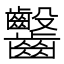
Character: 𪚆